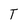
Character: T